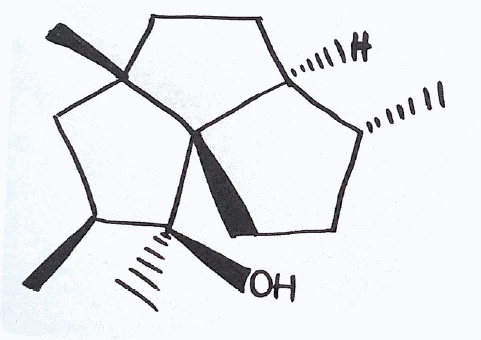
Simplified molecular-input line-entry system (SMILES) notation of the given molecule:
C[C@@H]1CC[C@]23[C@H]1CC[C@]2(C[C@@H]([C@]3(C)O)C)C